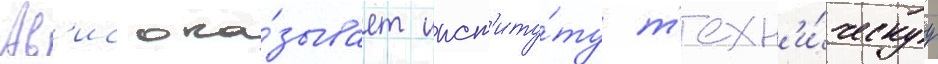
Ав'ис ока́зывает инст'иту́ту т'ехн'и́ческуу